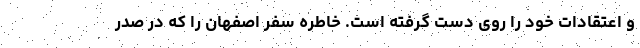
و اعتقادات خود را روی دست گرفته است. خاطره سفر اصفهان را که در صدر